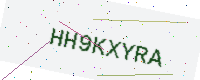
Text: HH9KXYRA